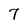
Character: 7